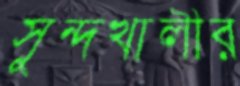
সুন্দখালীর